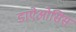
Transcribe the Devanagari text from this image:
डाऐओसिस